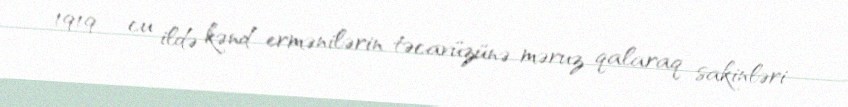
1919 - cu ildə kənd ermənilərin təcavüzünə məruz qalaraq sakinləri